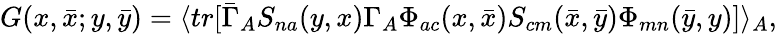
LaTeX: G(x,\bar{x};y,\bar{y})=\langle tr[\bar{\Gamma}_{A}S_{na}(y,x)\Gamma_{A}\Phi_{ac}(x,\bar{x})S_{cm}(\bar{x},\bar{y})\Phi_{mn}(\bar{y},y)]\rangle_{A},